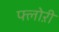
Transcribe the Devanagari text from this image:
फ्लोऱी